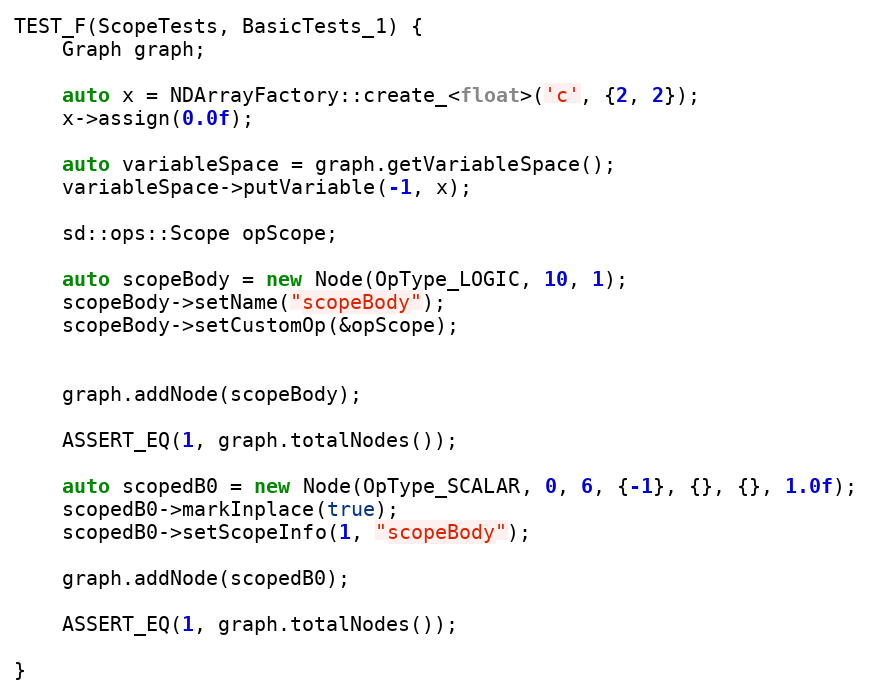
Language: C++
TEST_F(ScopeTests, BasicTests_1) {
    Graph graph;

    auto x = NDArrayFactory::create_<float>('c', {2, 2});
    x->assign(0.0f);

    auto variableSpace = graph.getVariableSpace();
    variableSpace->putVariable(-1, x);

    sd::ops::Scope opScope;

    auto scopeBody = new Node(OpType_LOGIC, 10, 1);
    scopeBody->setName("scopeBody");
    scopeBody->setCustomOp(&opScope);

    graph.addNode(scopeBody);

    ASSERT_EQ(1, graph.totalNodes());

    auto scopedB0 = new Node(OpType_SCALAR, 0, 6, {-1}, {}, {}, 1.0f);
    scopedB0->markInplace(true);
    scopedB0->setScopeInfo(1, "scopeBody");

    graph.addNode(scopedB0);

    ASSERT_EQ(1, graph.totalNodes());

}